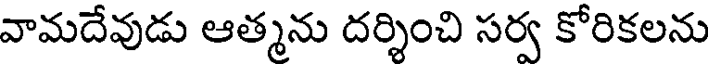
వామదేవుడు ఆత్మను దర్శించి సర్వ కోరికలను